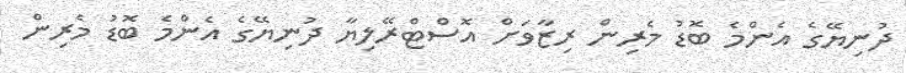
ދުނިޔޭގެ އެންމެ ބޮޑު މެރިން ރިޒާވަށް އޮސްޓްރޭލިޔާ ދުނިޔޭގެ އެންމެ ބޮޑު މެރިން